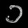
Digit: ၁